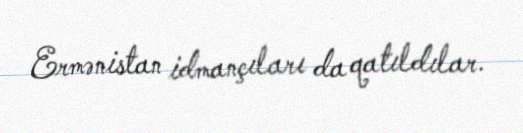
Ermənistan idmançıları da qatıldılar.